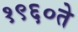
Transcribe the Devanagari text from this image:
१९६०ते